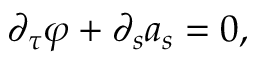
\partial _ { \tau } \varphi + \partial _ { s } a _ { s } = 0 ,